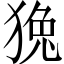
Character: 𤟛